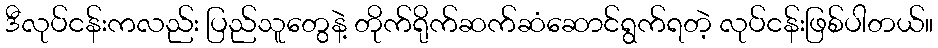
ဒီလုပ်ငန်းကလည်း ပြည်သူတွေနဲ့ တိုက်ရိုက်ဆက်ဆံဆောင်ရွက်ရတဲ့ လုပ်ငန်းဖြစ်ပါတယ်။